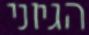
הגיוני